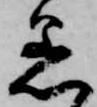
着